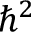
\hbar ^ { 2 }